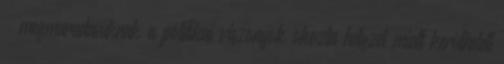
 megmaradásuknak a politikai viszonyok okozta helyzet miatt kerülhetett